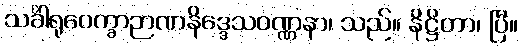
သင်္ခါရုပေက္ခာဉာဏနိဒ္ဒေသဝဏ္ဏနာ၊ သည်။ နိဋ္ဌိတာ၊ ပြီ။